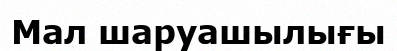
Мал шаруашылығы